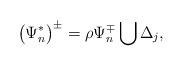
LaTeX: \begin{align*}\big(\Psi_n^*\big)^\pm = \rho \Psi_n^\mp \bigcup\Delta_j,\end{align*}